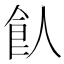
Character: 飤